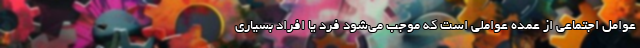
عوامل اجتماعی از عمده عواملی است که موجب می‌شود فرد یا افراد بسیاری